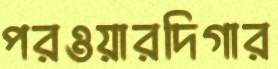
পরওয়ারদিগার